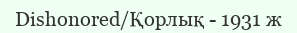
Dishonored/Қорлық - 1931 ж